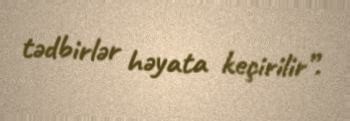
tədbirlər həyata keçirilir”.